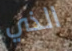
الذي